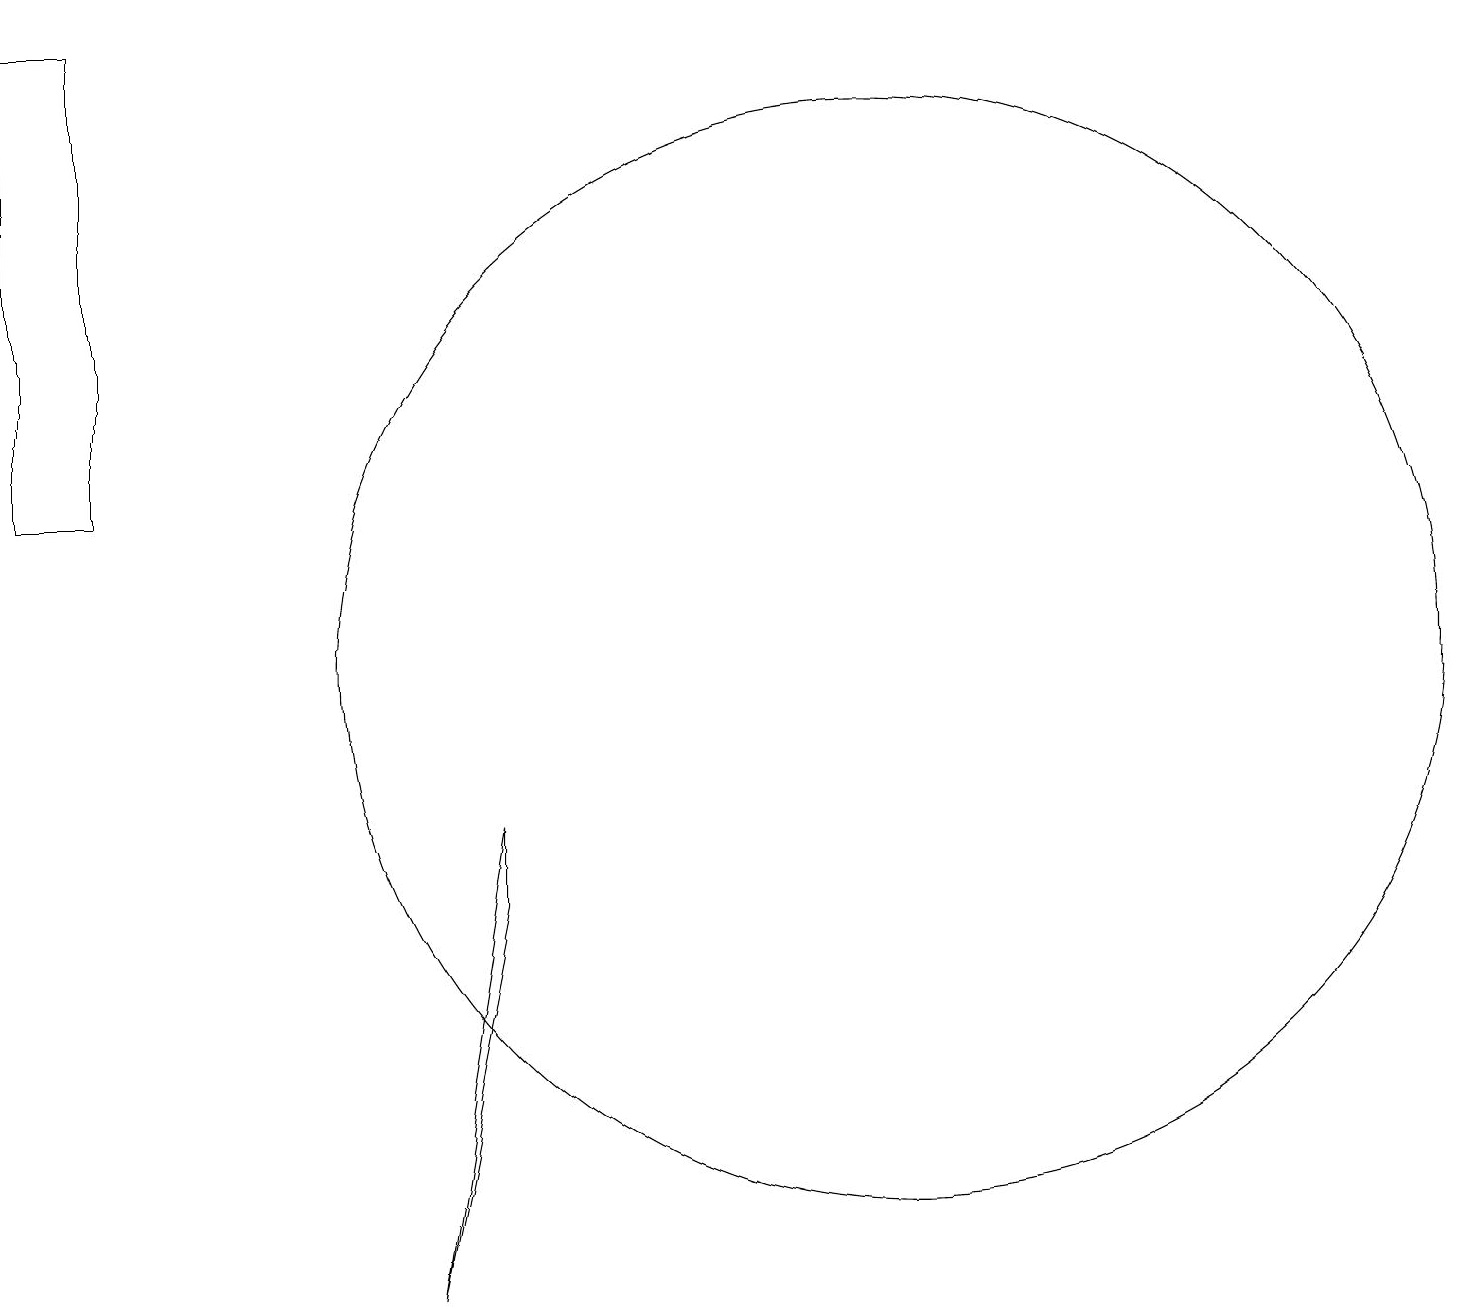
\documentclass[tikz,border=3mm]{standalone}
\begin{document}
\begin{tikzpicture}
\draw (11,10) circle (7);
\draw (0,18) rectangle (1,12);
\draw (6,7) -- (5,2) -- (6,8) -- cycle;
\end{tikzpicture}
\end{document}